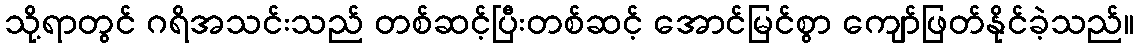
သို့ရာတွင် ဂရိအသင်းသည် တစ်ဆင့်ပြီးတစ်ဆင့် အောင်မြင်စွာ ကျော်ဖြတ်နိုင်ခဲ့သည်။